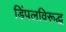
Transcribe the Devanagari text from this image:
डिंपलविरूद्ध